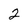
Character: 2